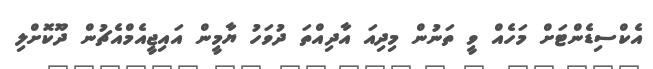
އެކްސިޑެންޓަށް މަހެއް ވީ ތަނުން މިދިއަ އާދިއްތަ ދުވަހު ޔާމީން އައިޖީއެމްއެޗުން ދޫކޮށްލި